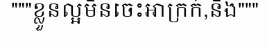
"""ខ្លួនល្អមិនចេះអាក្រក់,និង"""